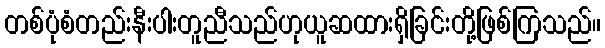
တစ်ပုံစံတည်းနီးပါးတူညီသည်ဟုယူဆထားရှိခြင်းတို့ဖြစ်ကြသည်။